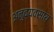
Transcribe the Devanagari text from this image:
अनुव्यवसाय